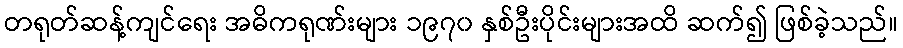
တရုတ်ဆန့်ကျင်ရေး အဓိကရုဏ်းများ ၁၉၇၀ နှစ်ဦးပိုင်းများအထိ ဆက်၍ ဖြစ်ခဲ့သည်။